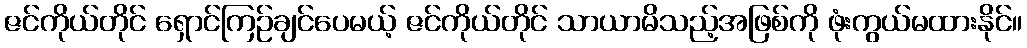
ဇင်ကိုယ်တိုင် ရှောင်ကြဉ်ချင်ပေမယ့် ဇင်ကိုယ်တိုင် သာယာမိသည့်အဖြစ်ကို ဖုံးကွယ်မထားနိုင်။